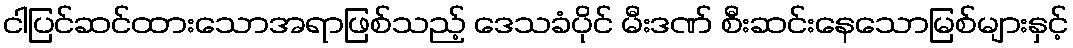
ငါပြင်ဆင်ထားသောအရာဖြစ်သည့် ဒေသခံပိုင် မီးဒဏ် စီးဆင်းနေသောမြစ်များနှင့်